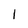
Character: 1